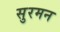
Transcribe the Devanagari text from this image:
सुरमन